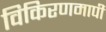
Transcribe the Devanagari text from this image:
विकिरणमापी